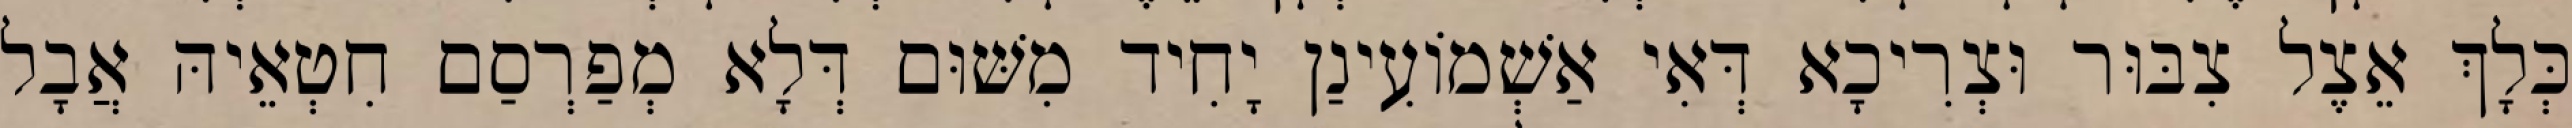
כְּלָךְ אֵצֶל צִבּוּר וּצְרִיכָא דְּאִי אַשְׁמוֹעִינַן יָחִיד מִשּׁוּם דְּלָא מְפַרְסַם חִטְאֵיהּ אֲבָל